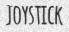
JOYSTICK